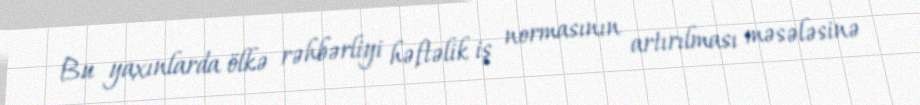
Bu yaxınlarda ölkə rəhbərliyi həftəlik iş normasının artırılması məsələsinə